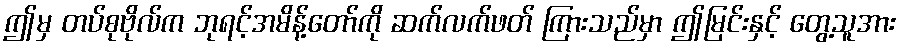
ဤမှ တပ်စုဗိုလ်က ဘုရင့်အမိန့်တော်ကို ဆက်လက်ဖတ် ကြားသည်မှာ ဤမြင်းနှင့် တွေ့သူအား